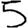
Digit: 5